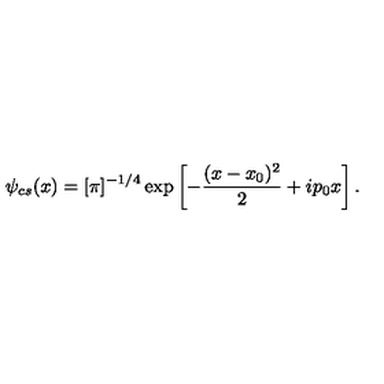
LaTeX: \psi _ { c s } ( x ) = [ \pi ] ^ { - 1 / 4 } \exp \left[ - \frac { ( x - x _ { 0 } ) ^ { 2 } } { 2 } + i p _ { 0 } x \right] .